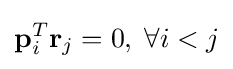
\mathbf {p} _{i}^{T}\mathbf {r} _{j}=0,\;\forall i<j